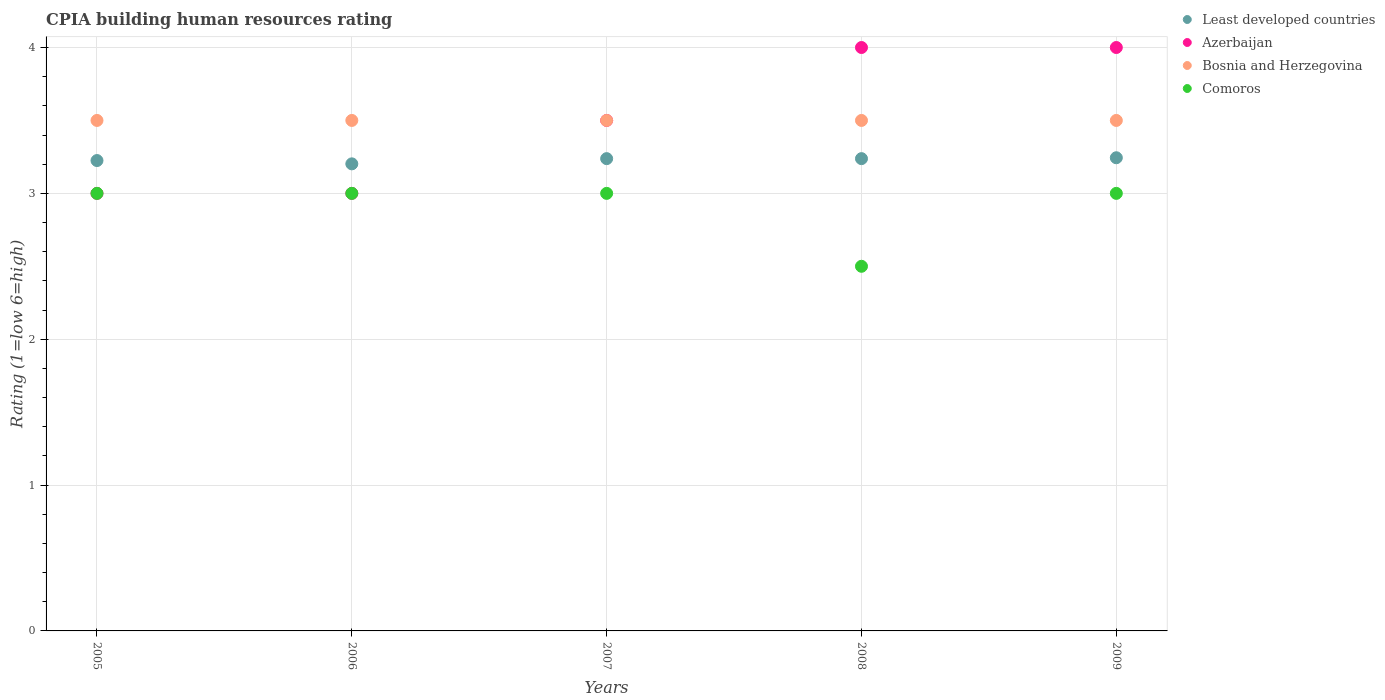
| Years | Least developed countries | Azerbaijan | Bosnia and Herzegovina | Comoros |
 | --- | --- | --- | --- | --- |
 | 2005 | 3.23 | 3 | 3.5 | 3 |
 | 2006 | 3.2 | 3 | 3.5 | 3 |
 | 2007 | 3.24 | 3.5 | 3.5 | 3 |
 | 2008 | 3.24 | 4 | 3.5 | 2.5 |
 | 2009 | 3.24 | 4 | 3.5 | 3 |